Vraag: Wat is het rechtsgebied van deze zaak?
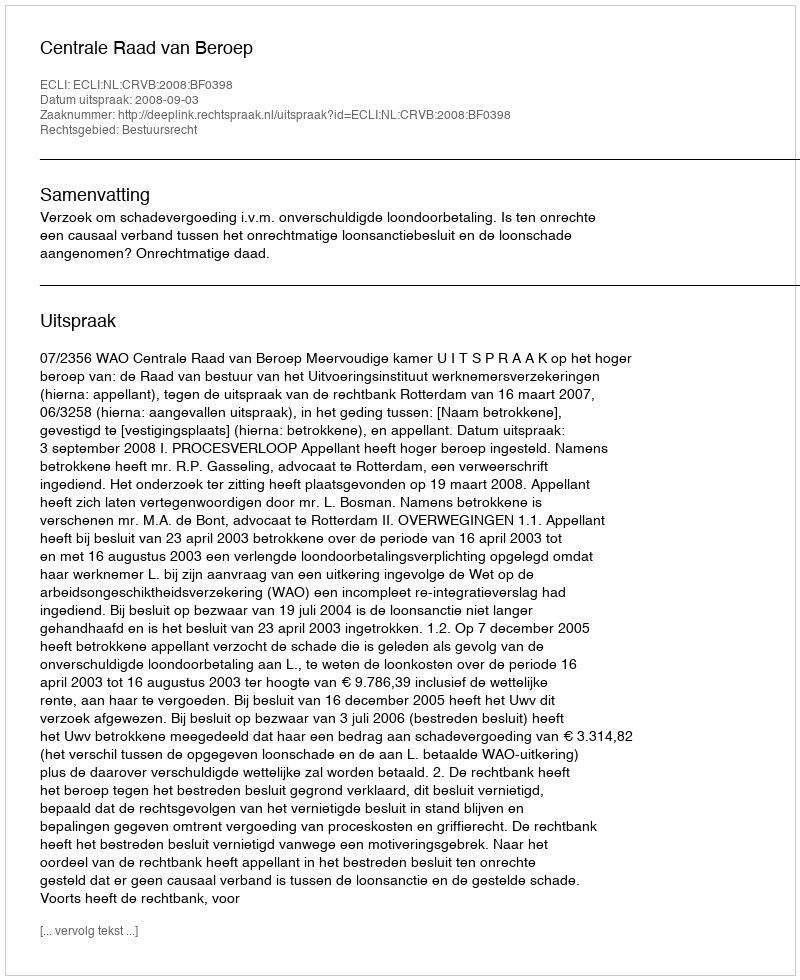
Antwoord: Bestuursrecht